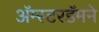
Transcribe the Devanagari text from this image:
अॅम्स्टरडॅमने